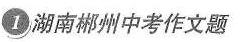
1湖南郴州中考作文题